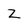
Character: z